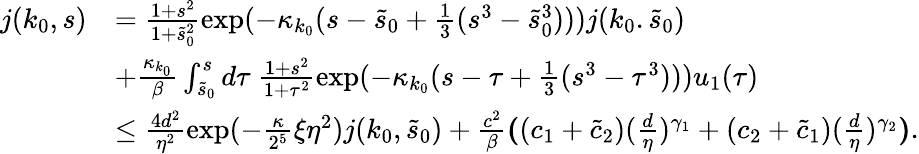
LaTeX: \begin{array}{rl}{j(k_{0},s)}&{=\frac{1+s^{2}}{1+\tilde{s}_{0}^{2}}\exp(-\kappa_{k_{0}}(s-\tilde{s}_{0}+\frac 13(s^{3}-\tilde{s}_{0}^{3})))j(k_{0}.\tilde{s}_{0})}\\ &{+\frac{\kappa_{k_{0}}}\beta\int_{\tilde{s}_{0}}^{s}d\tau\ \frac{1+s^{2}}{1+\tau^{2}}\exp(-\kappa_{k_{0}}(s-\tau+\frac 13(s^{3}-\tau^{3})))u_{1}(\tau)}\\ &{\le\frac{4d^{2}}{\eta^{2}}\exp(-\frac\kappa{2^{5}}\xi\eta^{2})j(k_{0},\tilde{s}_{0})+\frac{c^{2}}\beta\textbf{(}(c_{1}+\tilde{c}_{2})(\frac{d}\eta)^{\gamma_{1}}+(c_{2}+\tilde{c}_{1})(\frac{d}\eta)^{\gamma_{2}}\textbf{)}.}\end{array}